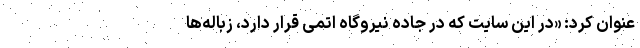
عنوان کرد: «در این سایت که در جاده نیروگاه اتمی قرار دارد، زباله‌ها